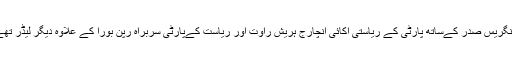
کانگریس صدر کےساتھ پارٹی کے ریاستی اکائی انچارج ہریش راوت اور ریاست کےپارٹی سربراہ رپن بورا کے علاوہ دیگر لیڈر تھے۔